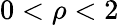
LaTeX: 0<\rho<2